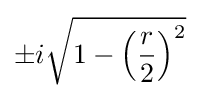
\pm i{\sqrt {1-\left({\frac {r}{2}}\right)^{2}}}